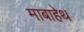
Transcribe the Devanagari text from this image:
माबाहेथ